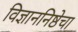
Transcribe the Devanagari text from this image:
विज्ञाननिष्ठेचा